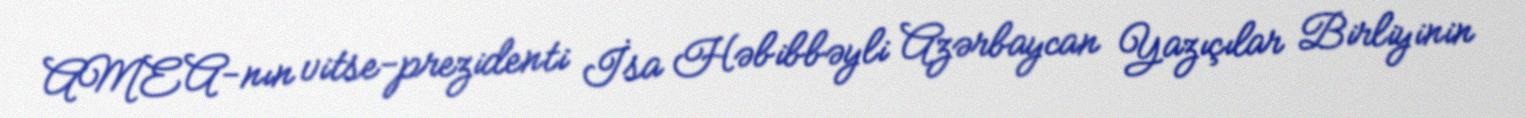
AMEA-nın vitse-prezidenti İsa Həbibbəyli Azərbaycan Yazıçılar Birliyinin